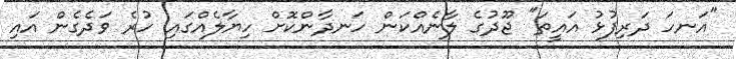
"އަނހަ ދަރިފުޅު އައީތަ" ޖޫދުގެ ލާނެއްކަން ހަނދާންކޮށް ހިޔާލެއްގައި ހުރެ ވަދެގެން އައި